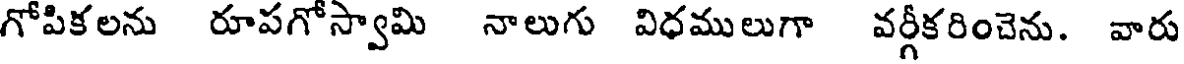
గోపికలను రూపగోస్వామి నాలుగు విధములుగా వర్గీకరించెను. వారు